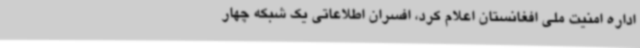
اداره امنیت ملی افغانستان اعلام کرد، افسران اطلاعاتی یک شبکه چهار